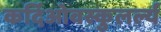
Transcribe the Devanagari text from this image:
कर्दिओवस्कुलर्ल्य